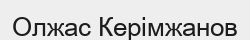
Олжас Керімжанов